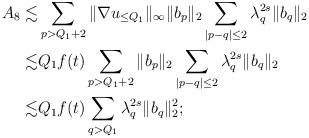
LaTeX: \begin{align*}A_8 \lesssim &\sum_{p> Q_1+2}\|\nabla u_{\leq Q_1}\|_\infty\|b_p\|_2\sum_{|p-q|\leq 2}\lambda_q^{2s}\|b_q\|_2\\\lesssim & Q_1f(t)\sum_{p> Q_1+2}\|b_p\|_2\sum_{|p-q|\leq 2}\lambda_q^{2s}\|b_q\|_2\\\lesssim & Q_1f(t)\sum_{q> Q_1}\lambda_q^{2s}\|b_q\|_2^2;\end{align*}